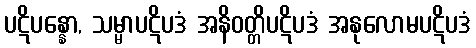
ပဋိပန္နော, သမ္မာပဋိပဒံ အနိဝတ္တိပဋိပဒံ အနုလောမပဋိပဒံ